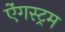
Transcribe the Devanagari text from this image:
ऐंगस्ट्रम